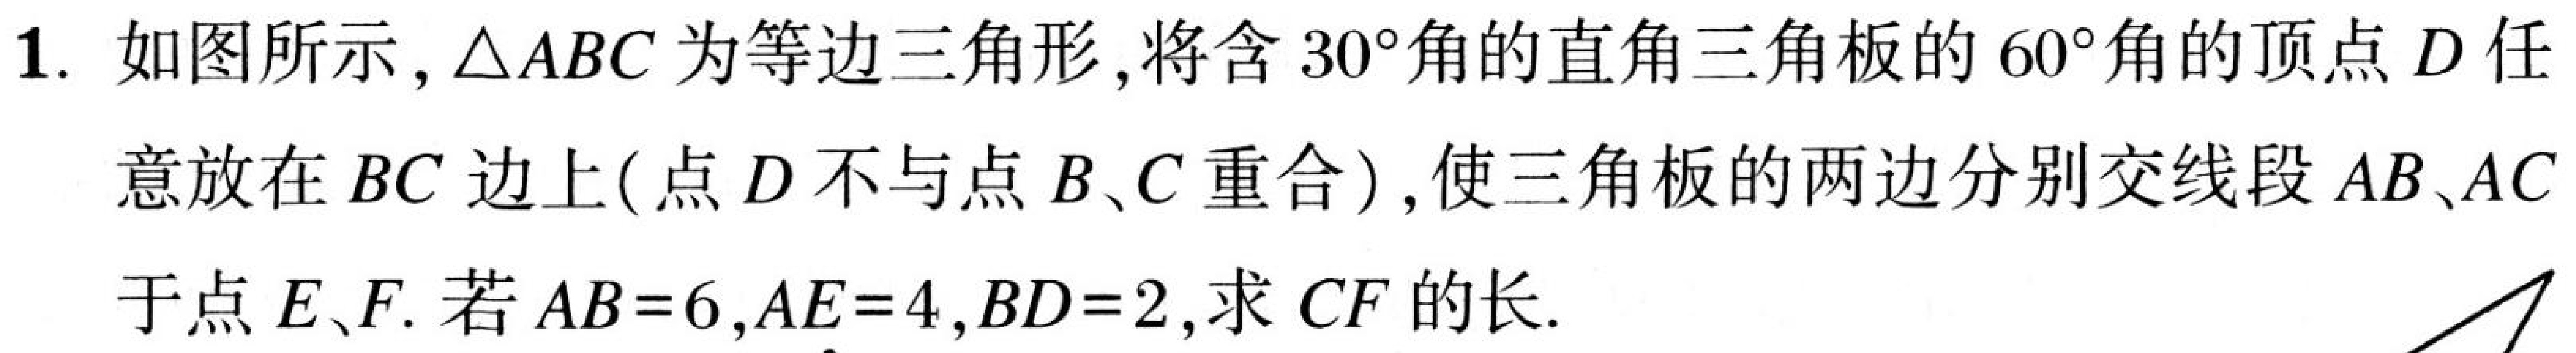
1. 如图所示,$\triangle ABC$为等边三角形,将含$30^{\circ}$角的直角三角板的$60^{\circ}$角的顶点$D$任
意放在$BC$边上(点$D$不与点$B、C$重合),使三角板的两边分别交线段$AB、AC$
于点$E、F$. 若$AB = 6,AE = 4,BD = 2$,求$CF$的长.